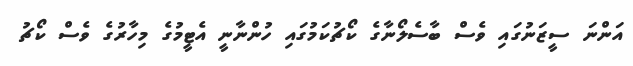
އަންނަ ސީޒަނުގައި ވެސް ބާސެލޯނާގެ ކޯޗުކަމުގައި ހުންނާނީ އެޓީމުގެ މިހާރުގެ ވެސް ކޯޗު